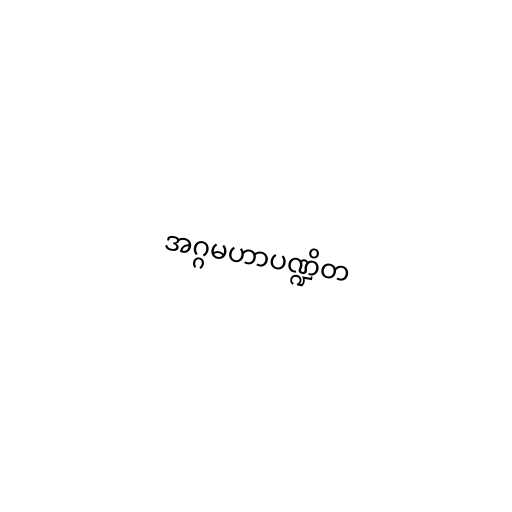
အဂ္ဂမဟာပဏ္ဍိတ